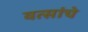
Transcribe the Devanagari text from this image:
वत्सांचे